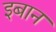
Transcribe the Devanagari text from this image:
इबान